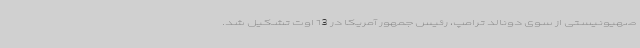
صهیونیستی از سوی دونالد ترامپ، رئیس جمهور آمریکا در 13 اوت تشکیل شد.